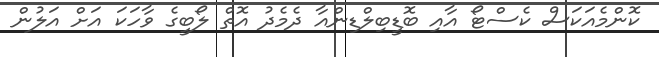
ކޮންމެއަކަސް ކެސްޓޯ އާއި ބޮޑީބިލްޑިންއާ ދެމެދު އޮތް ލޯބީގެ ވާހަކަ އަށް އަލުން